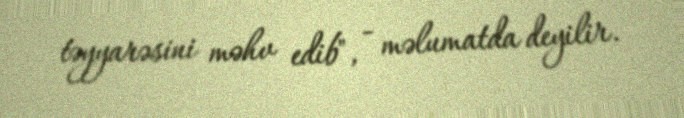
təyyarəsini məhv edib", - məlumatda deyilir.